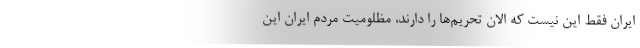
ایران فقط این نیست که الان تحریم‌ها را دارند، مظلومیت مردم ایران این